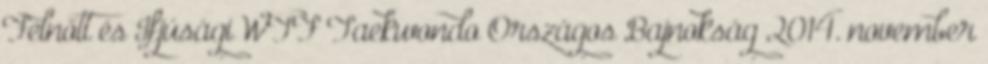
Felnőtt és Ifjúsági WTF Taekwondo Országos Bajnokság 2014. november